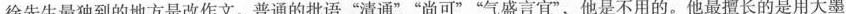
徐先生最独到的地方是改作文。普通的批语”清通””尚可””气盛言宜”，他是不用的。他最擅长的是用大墨